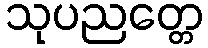
သုပညတ္တေ